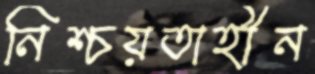
নিশ্চয়তাহীন